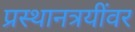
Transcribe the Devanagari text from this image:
प्रस्थानत्रयींवर